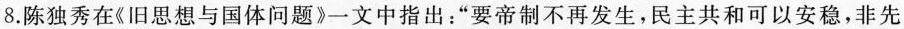
8.陈独秀在《旧思想与国体问题》一文中指出：“要帝制不再发生，民主共和可以安稳，非先